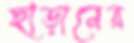
ছাড়ানের